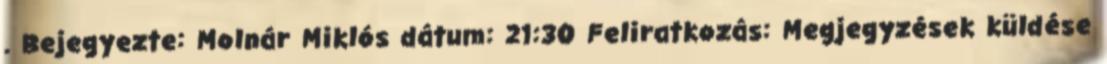
. Bejegyezte: Molnár Miklós dátum: 21:30 Feliratkozás: Megjegyzések küldése